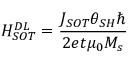
H _ { S O T } ^ { D L } = \frac { J _ { S O T } { \theta } _ { S H } \hslash } { 2 e t { \mu } _ { 0 } M _ { s } }